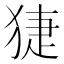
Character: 𤟃